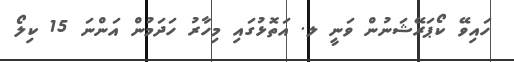
ހައިވޭ ކޯޕަރޭޝަނުން ވަނީ ލ. އަތޮޅުގައި މިހާރު ހަދަމުން އަންނަ 15 ކިލޯ